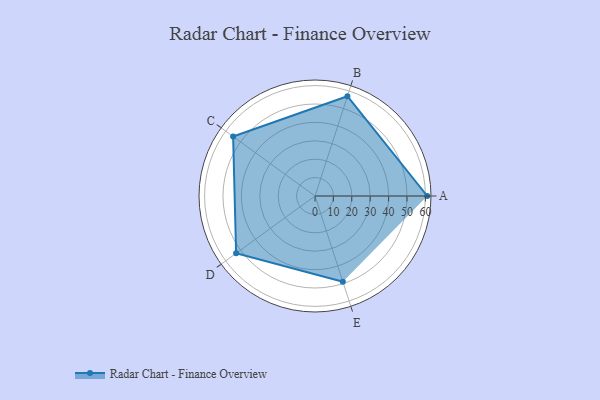
{"axis": {"x": "Skill", "y": "Score"}, "legend": ["Profile"], "data": [{"x": "A", "y": 61.0, "type": "Profile"}, {"x": "B", "y": 57.0, "type": "Profile"}, {"x": "C", "y": 55.0, "type": "Profile"}, {"x": "D", "y": 53.0, "type": "Profile"}, {"x": "E", "y": 49.0, "type": "Profile"}]}